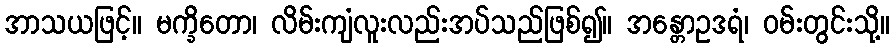
အာသယဖြင့်။ မက္ခိတော၊ လိမ်းကျံလူးလည်းအပ်သည်ဖြစ်၍။ အန္တောဥဒရံ၊ ဝမ်းတွင်းသို့။